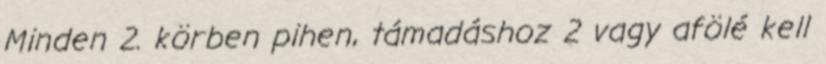
Minden 2. körben pihen, támadáshoz 2 vagy afölé kell